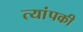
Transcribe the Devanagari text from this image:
त्यांपकी